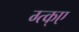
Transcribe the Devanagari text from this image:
ग्त्क्ए